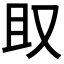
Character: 𫨶